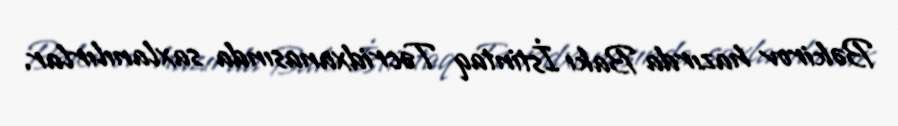
Bəkirov hazırda Bakı İstintaq Təcridxanasında saxlanılırlar.